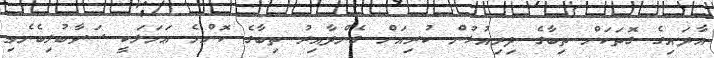
އާދައިގެ ގޮތަކަށް ތިބާގެ ދިރިއުޅުން ކުރިއަށް ގެންދާއިރު ތިބާގެ ކޮންމެ ޢަމަލަކީ ސަވާބުލިބެނެވި